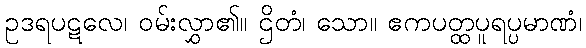
ဥဒရပဋလေ၊ ဝမ်းလွှာ၏။ ဌိတံ၊ သော။ ဧကပတ္ထပူရပ္ပမာဏံ၊